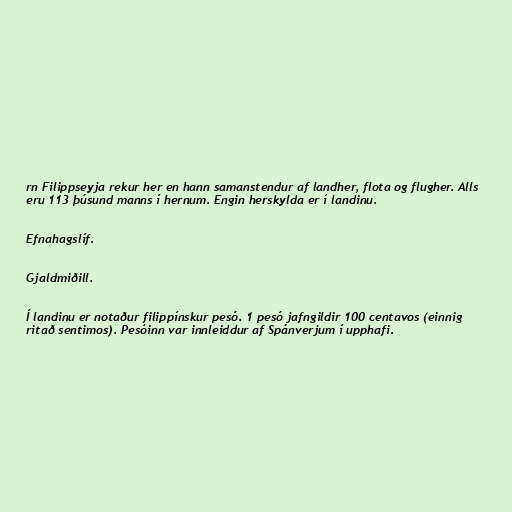
rn Filippseyja rekur her en hann samanstendur af landher, flota og flugher. Alls
eru 113 þúsund manns í hernum. Engin herskylda er í landinu.

Efnahagslíf.

Gjaldmiðill.

Í landinu er notaður filippínskur pesó. 1 pesó jafngildir 100 centavos (einnig
ritað sentimos). Pesóinn var innleiddur af Spánverjum í upphafi.